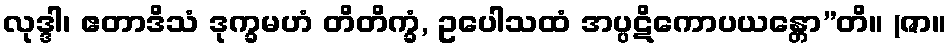
လုဒ္ဒါ၊ ဧတာဒိသံ ဒုက္ခမဟံ တိတိက္ခံ, ဥပေါသထံ အပ္ပဋိကောပယန္တော”တိ။ (ဇာ။